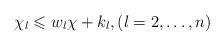
LaTeX: \begin{align*}\chi_l \leqslant w_l \chi + k_l, (l = 2,\dots, n)\end{align*}